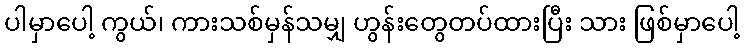
ပါမှာပေါ့ ကွယ်၊ ကားသစ်မှန်သမျှ ဟွန်းတွေတပ်ထားပြီး သား ဖြစ်မှာပေါ့